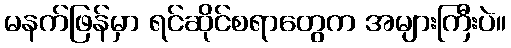
မနက်ဖြန်မှာ ရင်ဆိုင်စရာတွေက အများကြီးပဲ။